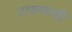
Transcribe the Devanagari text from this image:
टायमाची